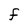
Character: F